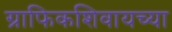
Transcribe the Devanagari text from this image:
ग्राफिकशिवायच्या